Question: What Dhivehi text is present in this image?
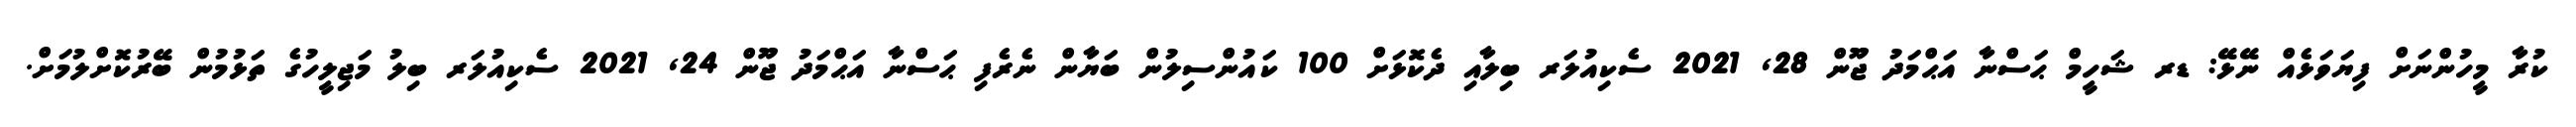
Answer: ކުރާ މީހުންނަށް ފިޔަވަޅެއް ނޭޅޭ: ޑރ ޝަހީމް ޙަސްނާ އަޙްމަދު ޖޫން 28, 2021 ސެކިއުލަރ ބިލާއި ދެކޮޅަށް 100 ކައުންސިލުން ބަޔާން ނެރެފި ޙަސްނާ އަޙްމަދު ޖޫން 24, 2021 ސެކިއުލަރ ބިލު މަޖިލީހުގެ ތަޅުމުން ބޭރުކޮށްލުމަށް.